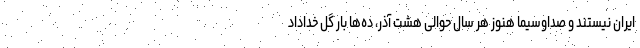
ایران نیستند و صداوسیما هنوز هر سال حوالی هشت آذر، ده‌ها بار گل خداداد